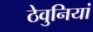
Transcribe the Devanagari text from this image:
ठेवुनियां